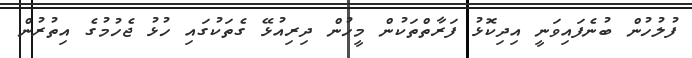
ފުލުހުން ބުނެފައިވަނީ އިދިކޮޅު ފަރާތްތަކުން މީހުން ދިރިއުޅޭ ގެތަކުގައި ހުޅު ޖެހުމުގެ އިތުރުން